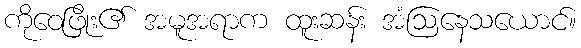
ကိုဝေဖြိုး၏ အမူအရာက ထူးဆန်း အံဩနေသယောင်။